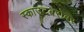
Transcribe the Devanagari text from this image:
स्काउटबरोबर